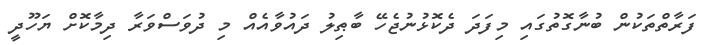
ފަރާތްތަކުން ބުނާގޮތުގައި މިފަދަ ދެކޮޅުނުޖެހޭ ބާޠިލު ދައުވާއެއް މި ދުވަސްވަރާ ދިމާކޮށް ޔަހޫދީ